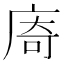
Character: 㢊